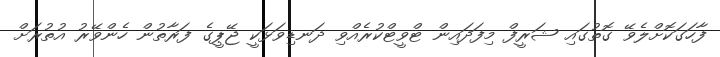
ފާހަގަކޮށްލެވޭ ގޮތުގައި ޝަރީފް މިފަދައިން ޓްވީޓްކުރެއްވި ދަނޑިވަޅަކީ ޖޭޕީގެ ފަރާތުން ހެންވޭރު އުތުރަށް